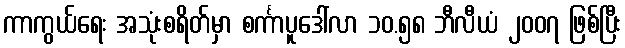
ကာကွယ်ရေး အသုံးစရိတ်မှာ စင်္ကာပူဒေါ်လာ ၁၀.၅၈ ဘီလီယံ ၂၀၀၇ ဖြစ်ပြီး